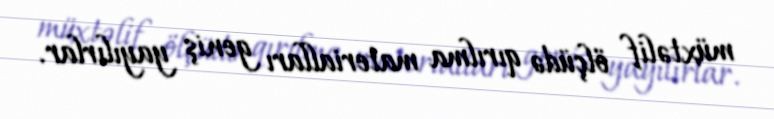
müxtəlif ölçüdə qırılma materialları geniş yayılırlar.